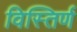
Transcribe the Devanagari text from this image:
विस्तिर्ण